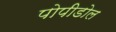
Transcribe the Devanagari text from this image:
पोपीडोल